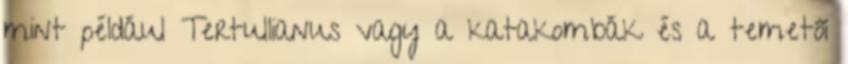
mint például Tertullianus vagy a katakombák és a temetői